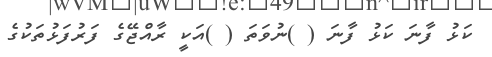
ކަޅު ފާނަ ކަޅު ފާނަ ( )ނުވަތަ ( )އަކީ ރާއްޖޭގެ ފަރުފަޅުތަކުގެ